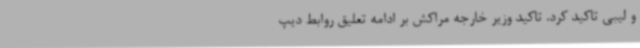
و لیبی تاکید کرد. تاکید وزیر خارجه مراکش بر ادامه تعلیق روابط دیپ